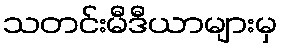
သတင်းမီဒီယာများမှ